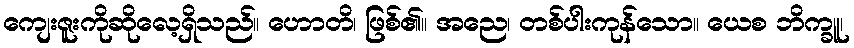
ကျေးဇူးကိုဆိုလေ့ရှိသည်။ ဟောတိ၊ ဖြစ်၏။ အညေ၊ တစ်ပါးကုန်သော။ ယေစ ဘိက္ခူ၊